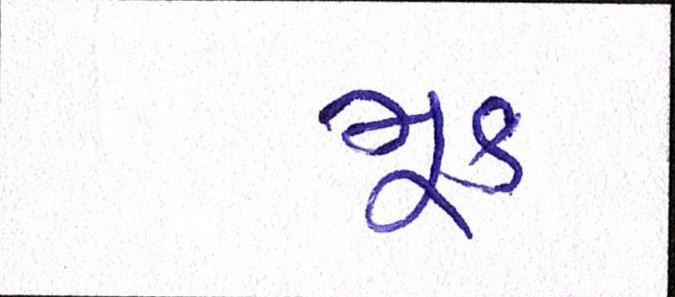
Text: મૂક